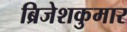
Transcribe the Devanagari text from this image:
ब्रिजेशकुमार